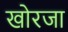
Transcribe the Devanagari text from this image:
खोरजा